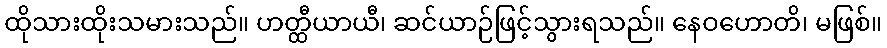
ထိုသားထိုးသမားသည်။ ဟတ္ထီယာယီ၊ ဆင်ယာဉ်ဖြင့်သွားရသည်။ နေဝဟောတိ၊ မဖြစ်။